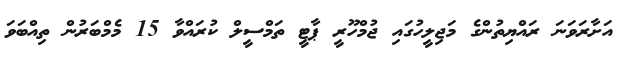
އަށާރަވަނަ ރައްޔިތުންގެ މަޖިލީހުގައި ޖުމްހޫރީ ޕާޓީ ތަމްސީލް ކުރައްވާ 15 މެމްބަރުން ތިއްބަވަ